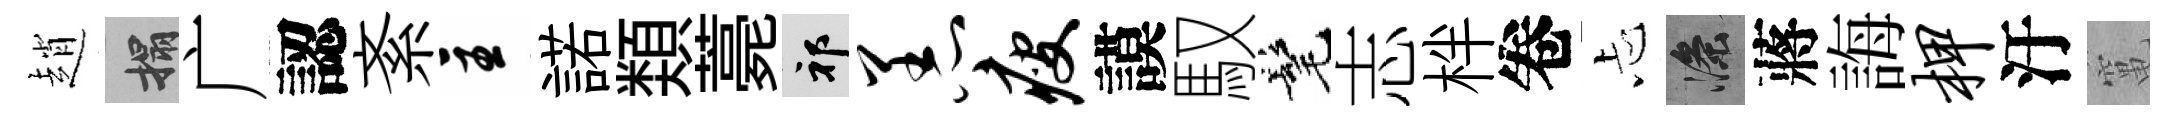
趙搨广認紊主諾𩔖薧祁恙瘦謨馭髦志柈卷忐滌蔣誨柙汙𥧄